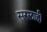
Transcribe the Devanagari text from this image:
सरलाही